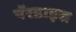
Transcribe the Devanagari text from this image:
पॅरडाइस